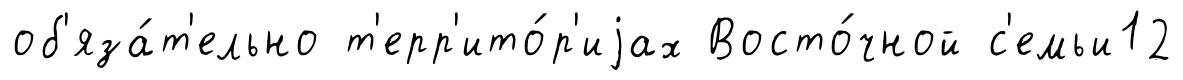
об'яза́т'ельно т'ерр'ито́р'иjах Восто́чной с'емьи12